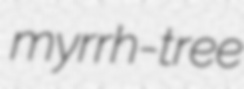
myrrh-tree